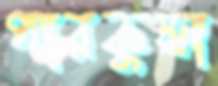
পারকুন্ডা